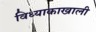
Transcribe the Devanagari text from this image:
विध्याकाखाली